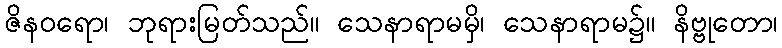
ဇိနဝရော၊ ဘုရားမြတ်သည်။ သေနာရာမမှိ၊ သေနာရာမ၌။ နိဗ္ဗုတော၊